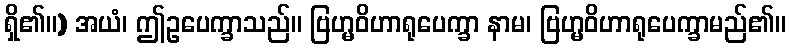
ရှိ၏။) အယံ၊ ဤဥပေက္ခာသည်။ ဗြဟ္မဝိဟာရုပေက္ခာ နာမ၊ ဗြဟ္မဝိဟာရုပေက္ခာမည်၏။